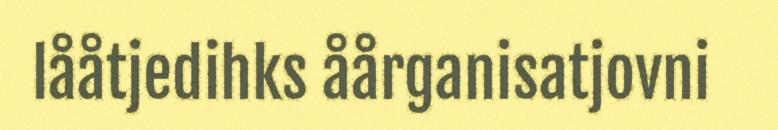
lååtjedihks åårganisatjovni